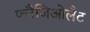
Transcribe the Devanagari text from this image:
फ्लैजिओलैट